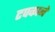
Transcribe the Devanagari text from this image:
टपकाने